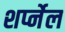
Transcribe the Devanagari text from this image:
शर्प्नेल